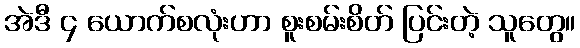
အဲဒီ ၄ ယောက်စလုံးဟာ စူးစမ်းစိတ် ပြင်းတဲ့ သူတွေ။